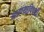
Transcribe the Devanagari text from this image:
करण्याविषयीं